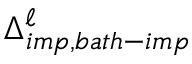
\Delta _ { i m p , b a t h - i m p } ^ { \ell }